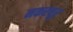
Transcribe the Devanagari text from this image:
नकरचूर